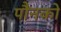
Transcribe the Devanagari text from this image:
पौनको